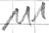
Text: 111